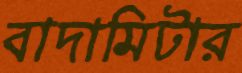
বাদামিটার